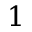
1